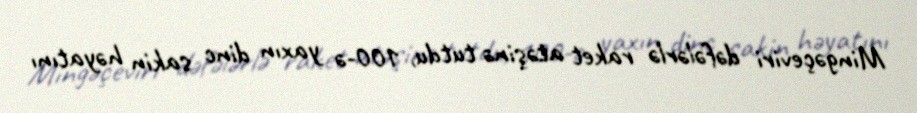
Mingəçeviri dəfələrlə raket atəşinə tutdu, 100-ə yaxın dinc sakin həyatını